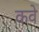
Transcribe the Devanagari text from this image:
कवे